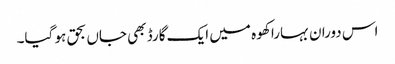
اس دوران بہارا کھوہ میں ایک گارڈ بھی جاں بحق ہو گیا۔